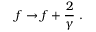
f \rightarrow f + \frac { 2 } { \gamma } ~ .